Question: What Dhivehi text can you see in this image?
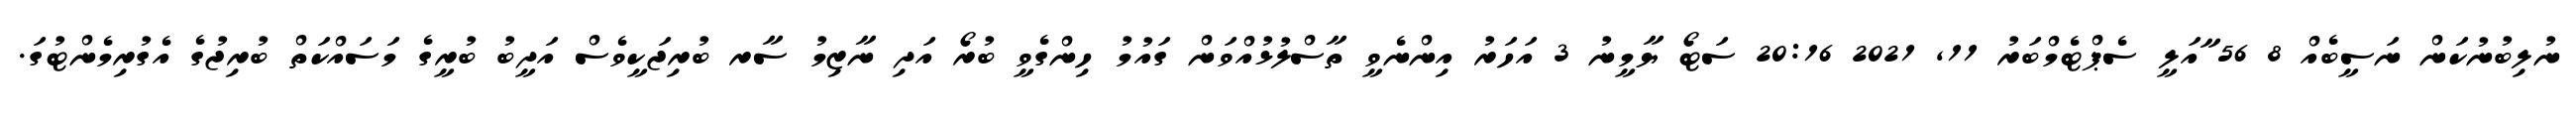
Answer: ނުލިބުނުކަން ނަސީބެއް 8 56 ާއަލީ ސެޕްޓެމްބަރު 11, 2021 20:16 ސަޓޯ ޔާމީނު 3 އަހަރު އިންނެވީ ތާސްލުޅުއްވަން ގައުމު ހިންގެވީ ބުރޯ އަދި ނާޒިމު ސާރ ބުރިޖަކީވެސް އަދީބު ބުރީގެ މަސައްކަތް ބުރިޖުގެ އެގުރިމެންޓުގަ.